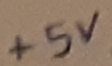
Text: +5V